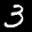
Label: 3